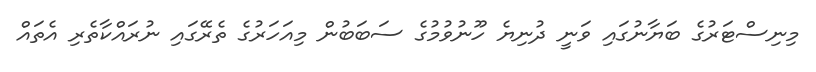
މިނިސްޓަރުގެ ބަޔާނުގައި ވަނީ ދުނިޔެ ހޫނުވުމުގެ ސަބަބުން މިއަހަރުގެ ތެރޭގައި ނުރައްކާތެރި އެތައް